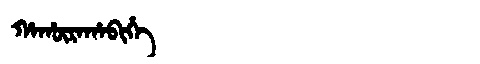
Manchu: ᡥᠠᡥᡡᡵᠠᡥᠠᠪᡳᡥᡝ
Romanization: HAHŪRAHABIHE